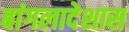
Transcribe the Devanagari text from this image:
बांगलादेशास